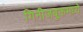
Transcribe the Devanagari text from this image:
गिनीजबुकमध्ये